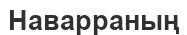
Наварраның